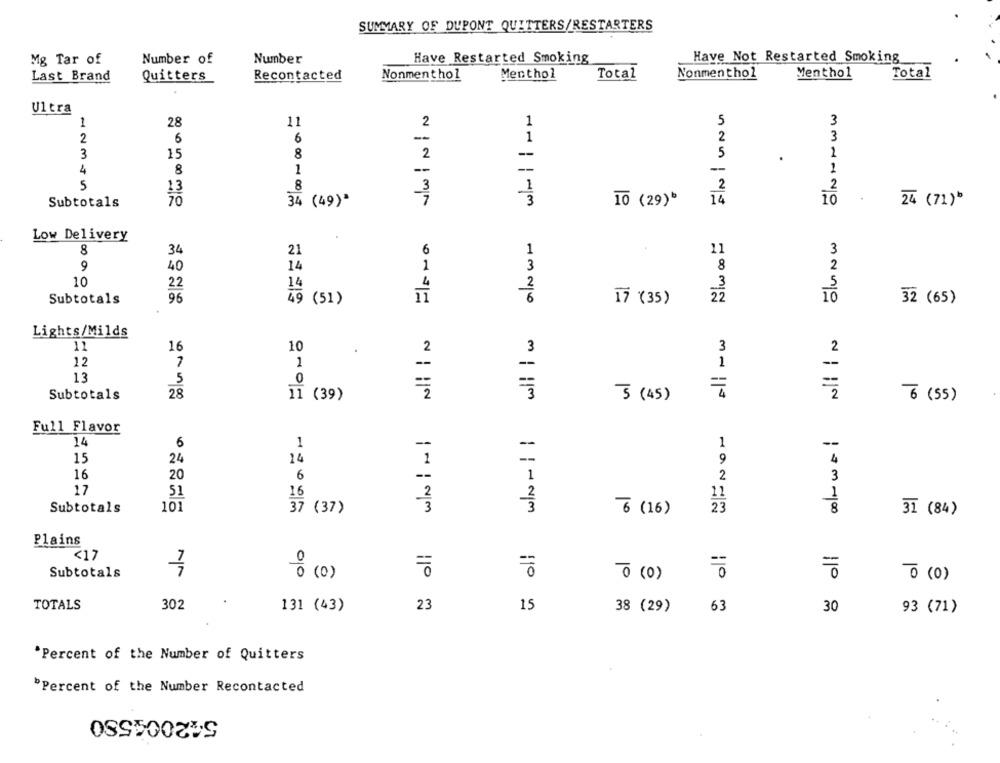
SUMMARY OF DUPONT QUITTERS/RESTARTERS
Mg Tar of
Number of
Number
Have Restarted Smoking
Have Not Restarted Smoking
Last Brand
Recontacted
Nonmenthol
Menthol
Total
Nonmenthol
Menthol
Total
Quitters
Ultra
1
28
11
1
5
3
2
2
6
-
2
3
6
1
3
8
-
5
1
15
2
4
1
--
-
1
8
-
5
13
8
3
1
2
2
Subtotals
70
34 (49)*
7
3
10 (29)*
14
10
24 (71)
Low Delivery
8
34
21
6
1
11
3
9
40
14
1
3
8
2
10
14
5
22
2
3
Subtotals
96
49 (51)
11
17 (35 )
22
10
32 (65)
Lights/Milds
11
16
10
2
3
3
2
12
7
1
--
--
1
--
13
5
0
=
Subtotals
28
11 (39)
2
5 (45)
2
6 ( 55 )
Full Flavor
14
6
1
--
--
1
15
14
4
24
1
9
16
20
6
--
1
2
3
17
51
16
2
11
1
Subtotals
101
37 (37)
3
6 (16 )
23
8
31 (84)
Plains
<17
1
Subtotals
0 (0)
110
0 (0)
110
o (0)
110
TOTALS
302
131 (43)
23
15
11º n
38 (29)
63
30
93 (71)
*Percent of the Number of Quitters
"Percent of the Number Recontacted
542004580